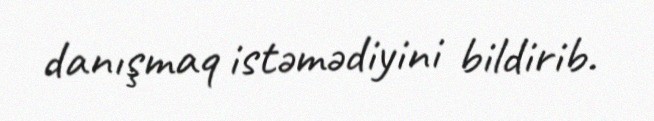
danışmaq istəmədiyini bildirib.